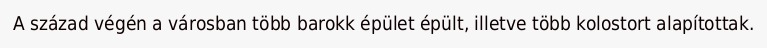
A század végén a városban több barokk épület épült, illetve több kolostort alapítottak.